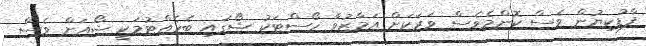
ފާޑުކިޔުން ވެސް ކޮންމެވެސް ވަރަކަށް އަމާޒުވާ ހޯސްޓަކު ޝޯގައި ބެހެއްޓުމަކީ ޝޯއަށް ވެސް